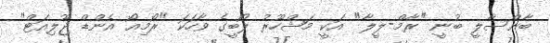
ބާންސާލީ ބުނީ "ރާމް-ލީލާ" އަކީ މަޝްހޫރު ލޯބީގެ ވާހަކަ "ރޯމިއޯ އެންޑް ޖޫލިއަޓް"